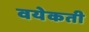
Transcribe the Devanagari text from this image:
वयेकती